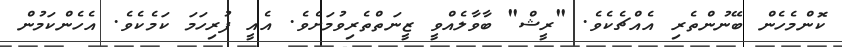
ކޮންމެހެން ބޭނުންތެރި އެއްޗެކެވެ. "ރީޝް" ބާވާލެއްވީ ޒީނަތްތެރިވުމަށެވެ. އެއީ ފުރިހަމަ ކަމެކެވެ. އެހެންކަމުން